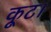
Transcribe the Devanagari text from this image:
कूट।